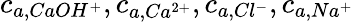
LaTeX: c_{a,CaOH^{+}},c_{a,Ca^{2+}},c_{a,Cl^{-}},c_{a,Na^{+}}